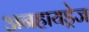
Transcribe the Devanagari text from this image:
अनहायड्रेज